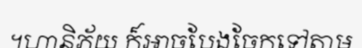
។ហានិភ័យ ក៏អាចបែងចែកទៅតាម